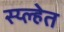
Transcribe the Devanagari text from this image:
स्य्ल्हेत